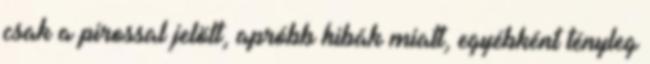
csak a pirossal jelölt, apróbb hibák miatt, egyébként tényleg